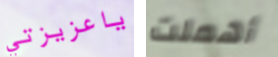
ياعزيزتي أهملت